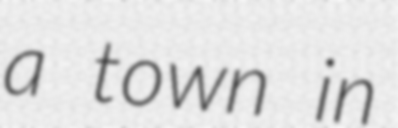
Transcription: a town in